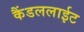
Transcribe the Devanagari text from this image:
कैंडललाईट